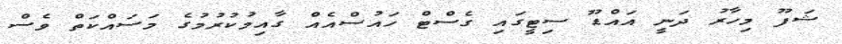
ޝަފޫ މިހާރު ދަނީ އައްޑޫ ސިޓީގައި ގެސްޓް ހައުސްއެއް ގާއިމުކުރުމުގެ މަސައްކަތް ވެސް